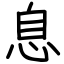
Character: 息